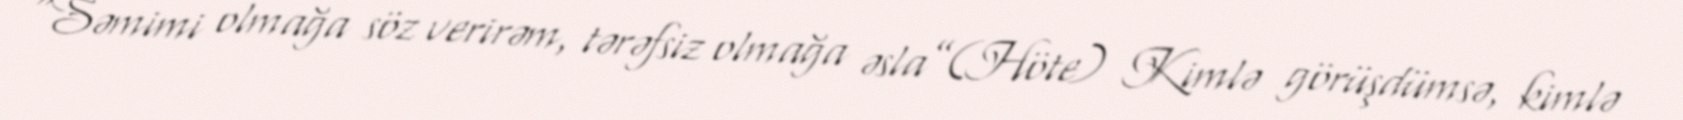
“Səmimi olmağa söz verirəm, tərəfsiz olmağa əsla”(Höte) Kimlə görüşdümsə, kimlə